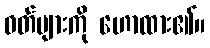
ဝတ်များကို ဟောထား၏။